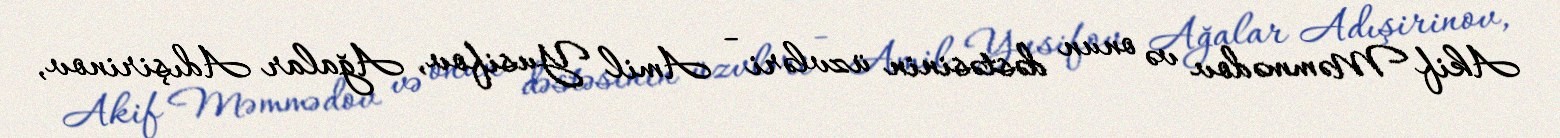
Akif Məmmədov və onun dəstəsinin üzvləri - Amil Yusifov, Ağalar Adışirinov,